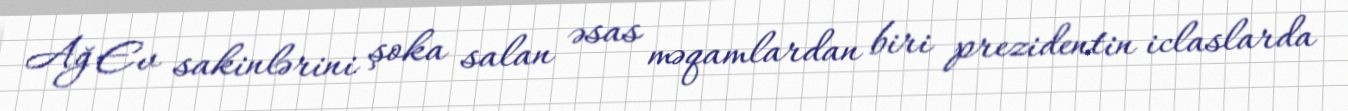
Ağ Ev sakinlərini şoka salan əsas məqamlardan biri prezidentin iclaslarda